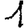
Digit: 1